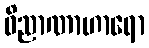
ဝိညာဏာဟာရော